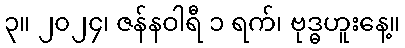
၃။ ၂၀၂၄၊ ဇန်နဝါရီ ၁ ရက်၊ ဗုဒ္ဓဟူးနေ့။